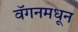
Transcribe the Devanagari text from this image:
वॅगनमधून